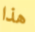
هذا